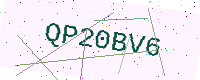
Text: QP20BV6